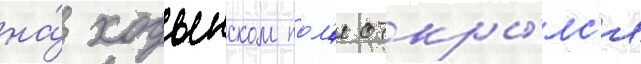
на́ ходынском пол'е откры́лс'я